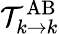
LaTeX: \mathcal{T}_{k\rightarrow k}^{\mathrm{AB}}